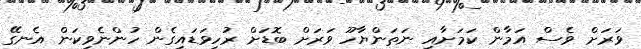
ވަރަށް ވެސް އަމާން ކަމަށާއި ނަތަންޔާހޫ ވަރަށް ބޮޑަށް ރުހިވަޑައިގެން ހުންނެވިކަން އެނގޭ